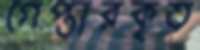
গেপ্তারকৃত